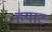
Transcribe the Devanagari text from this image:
हयाट